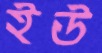
ইউ